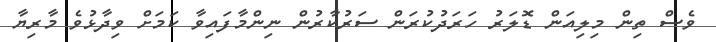
ވެސް ތިން މިލިއަން ޑޮލަރު ހަރަދުކުރަން ސަރުކާރުން ނިންމާފައިވާ ކަމަށް ވިދާޅުވެ މާރިޔާ